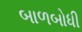
બાળબોધી